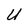
Character: U